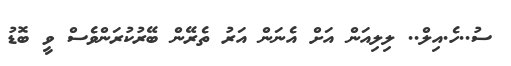
ސު..ހެ.އިލް.. ލިލިއަން އަށް އެނަން އަރު ތެރޭން ބޭރުކުރަންވެސް ވީ ބޮޑު